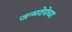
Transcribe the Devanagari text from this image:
जन्मठेपेच्या